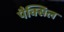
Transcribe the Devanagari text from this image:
पैक्सिल